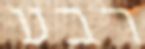
רבע